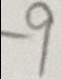
- 9